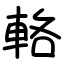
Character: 輅